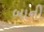
બાની